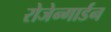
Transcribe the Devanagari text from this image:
रोजेन्गार्डन